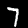
Label: 7